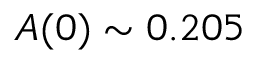
A ( 0 ) \sim 0 . 2 0 5